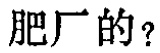
肥厂的？